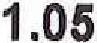
1.05